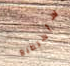
سأستطيع